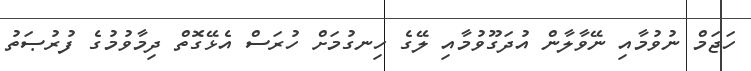
ހަޖަމް ނުވުމާއި ނޭވާލާން އުދަގޫވުމާއި ލޭގެ ހިނގުމަށް ހުރަސް އެޅޭގޮތް ދިމާވުމުގެ ފުރުޞަތު